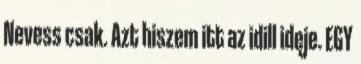
Nevess csak. Azt hiszem itt az idill ideje. EGY